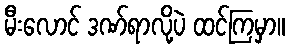
မီးလောင် ဒဏ်ရာလို့ပဲ ထင်ကြမှာ။